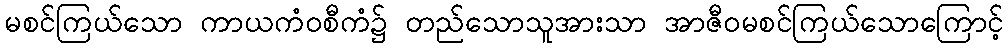
မစင်ကြယ်သော ကာယကံဝစီကံ၌ တည်သောသူအားသာ အာဇီဝမစင်ကြယ်သောကြောင့်